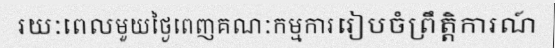
រយៈពេលមួយថ្ងៃពេញគណៈកម្មការរៀបចំព្រឹត្តិការណ៍